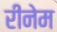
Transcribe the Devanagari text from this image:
रीनेम